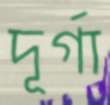
দূর্গা